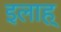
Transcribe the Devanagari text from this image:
इलाह्